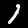
Label: 1